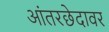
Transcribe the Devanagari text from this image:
आंतरछेदावर